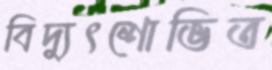
বিদ্যুৎশোভিত